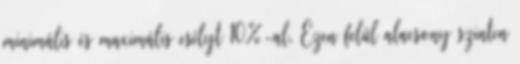
minimális és maximális esélyt 10%-al. Ezen felül alacsony szinten